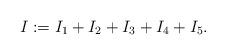
LaTeX: \begin{align*}I:=I_1+I_2+I_3+I_4+I_5.\end{align*}